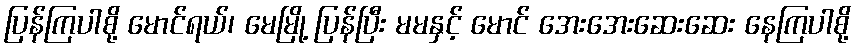
ပြန်ကြပါစို့ မောင်ရယ်၊ မေမြို့ ပြန်ပြီး မမနှင့် မောင် အေးအေးဆေးဆေး နေကြပါစို့